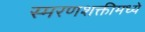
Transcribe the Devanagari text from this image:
स्मरणशक्तीमध्ये